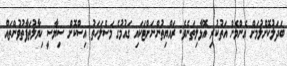
ބަދަލުކޮށްލުމަށް އެންމެން އަތުކުރި އޮޅާލިތަނެވެ. ރައްޔިތުންނަށްޓަކައި ގައުމުގެ މަސްލަހަތު އިސްކޮށް ސިޔާސީ ޚިޔާލުތަފާތުވުންތައް